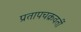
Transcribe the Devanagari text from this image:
प्रतापचक्रवर्ती